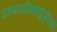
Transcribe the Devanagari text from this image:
डायऑक्साइड्च्या